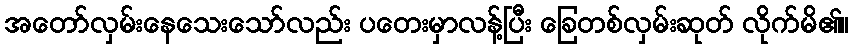
အတော်လှမ်းနေသေးသော်လည်း ပတေးမှာလန့်ပြီး ခြေတစ်လှမ်းဆုတ် လိုက်မိ၏။